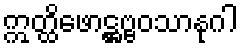
ဣတ္ထိဖောဋ္ဌဗ္ဗဝသာနုဂါ